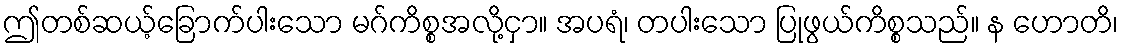
ဤတစ်ဆယ့်ခြောက်ပါးသော မဂ်ကိစ္စအလို့ငှာ။ အပရံ၊ တပါးသော ပြုဖွယ်ကိစ္စသည်။ န ဟောတိ၊